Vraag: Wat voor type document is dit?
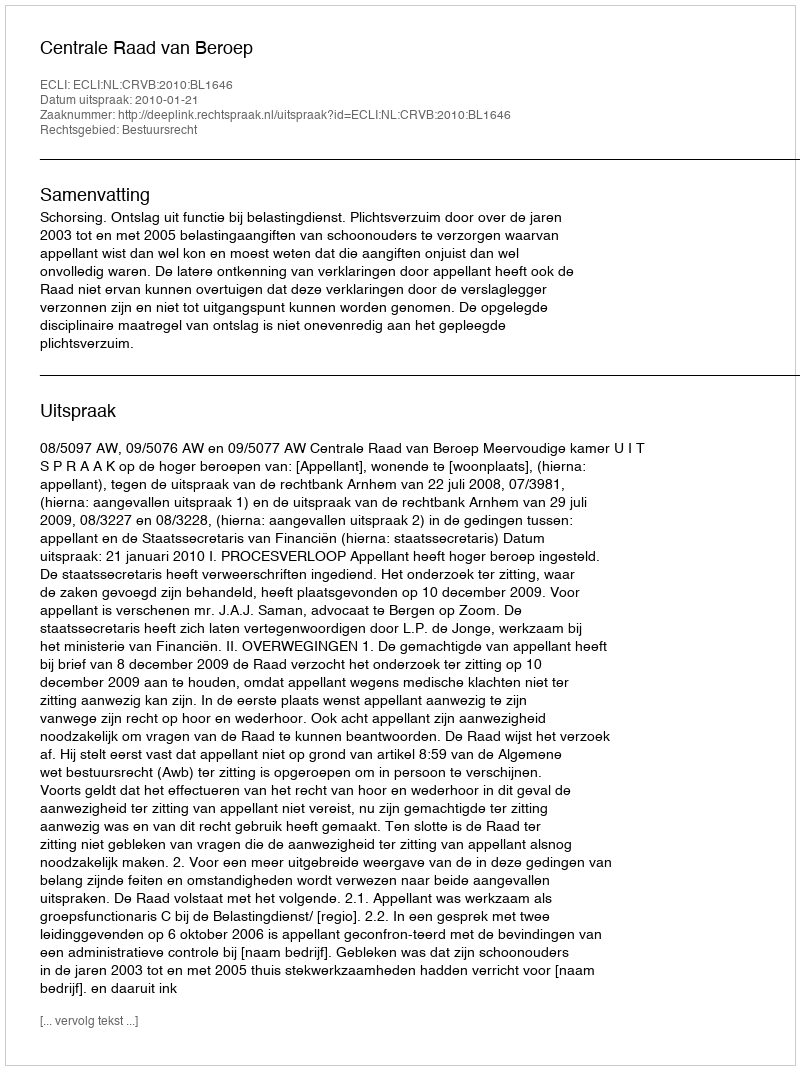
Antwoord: Uitspraak